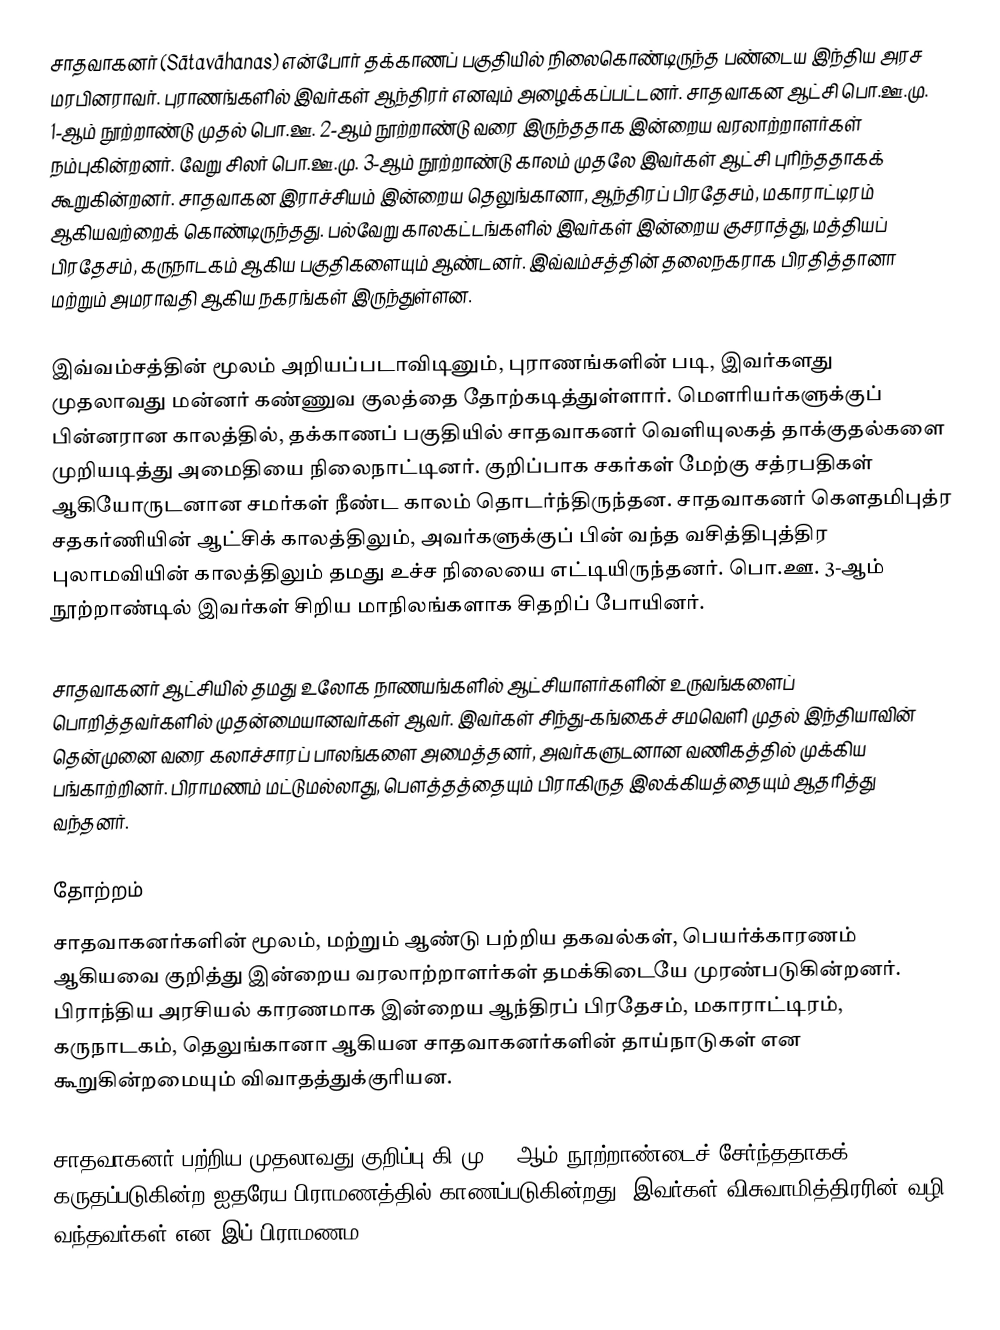
சாதவாகனர் (Sātavāhanas) என்போர் தக்காணப் பகுதியில் நிலைகொண்டிருந்த பண்டைய இந்திய அரச மரபினராவர். புராணங்களில் இவர்கள் ஆந்திரர் எனவும் அழைக்கப்பட்டனர். சாதவாகன ஆட்சி பொ.ஊ.மு. 1-ஆம் நூற்றாண்டு முதல் பொ.ஊ. 2-ஆம் நூற்றாண்டு வரை இருந்ததாக இன்றைய வரலாற்றாளர்கள் நம்புகின்றனர். வேறு சிலர் பொ.ஊ.மு. 3-ஆம் நூற்றாண்டு காலம் முதலே இவர்கள் ஆட்சி புரிந்ததாகக் கூறுகின்றனர். சாதவாகன இராச்சியம் இன்றைய தெலுங்கானா, ஆந்திரப் பிரதேசம், மகாராட்டிரம் ஆகியவற்றைக் கொண்டிருந்தது. பல்வேறு காலகட்டங்களில் இவர்கள் இன்றைய குசராத்து, மத்தியப் பிரதேசம், கருநாடகம் ஆகிய பகுதிகளையும் ஆண்டனர். இவ்வம்சத்தின் தலைநகராக பிரதித்தானா மற்றும் அமராவதி ஆகிய நகரங்கள் இருந்துள்ளன.

இவ்வம்சத்தின் மூலம் அறியப்படாவிடினும், புராணங்களின் படி, இவர்களது முதலாவது மன்னர் கண்ணுவ குலத்தை தோற்கடித்துள்ளார். மௌரியர்களுக்குப் பின்னரான காலத்தில், தக்காணப் பகுதியில் சாதவாகனர் வெளியுலகத் தாக்குதல்களை முறியடித்து அமைதியை நிலைநாட்டினர். குறிப்பாக சகர்கள் மேற்கு சத்ரபதிகள் ஆகியோருடனான சமர்கள் நீண்ட காலம் தொடர்ந்திருந்தன. சாதவாகனர் கௌதமிபுத்ர சதகர்ணியின் ஆட்சிக் காலத்திலும், அவர்களுக்குப் பின் வந்த வசித்திபுத்திர புலாமவியின் காலத்திலும் தமது உச்ச நிலையை எட்டியிருந்தனர். பொ.ஊ. 3-ஆம் நூற்றாண்டில் இவர்கள் சிறிய மாநிலங்களாக சிதறிப் போயினர்.

சாதவாகனர் ஆட்சியில் தமது உலோக நாணயங்களில் ஆட்சியாளர்களின் உருவங்களைப் பொறித்தவர்களில் முதன்மையானவர்கள் ஆவர். இவர்கள்  சிந்து-கங்கைச் சமவெளி முதல் இந்தியாவின் தென்முனை வரை கலாச்சாரப் பாலங்களை அமைத்தனர், அவர்களுடனான வணிகத்தில் முக்கிய பங்காற்றினர். பிராமணம் மட்டுமல்லாது, பௌத்தத்தையும் பிராகிருத இலக்கியத்தையும் ஆதரித்து வந்தனர்.

தோற்றம்
சாதவாகனர்களின் மூலம், மற்றும் ஆண்டு பற்றிய தகவல்கள், பெயர்க்காரணம் ஆகியவை குறித்து இன்றைய வரலாற்றாளர்கள் தமக்கிடையே முரண்படுகின்றனர். பிராந்திய அரசியல் காரணமாக இன்றைய ஆந்திரப் பிரதேசம், மகாராட்டிரம், கருநாடகம், தெலுங்கானா ஆகியன சாதவாகனர்களின் தாய்நாடுகள் என கூறுகின்றமையும் விவாதத்துக்குரியன.

சாதவாகனர் பற்றிய முதலாவது குறிப்பு கி.மு. 8-ஆம் நூற்றாண்டைச் சேர்ந்ததாகக் கருதப்படுகின்ற ஐதரேய பிராமணத்தில் காணப்படுகின்றது. இவர்கள் விசுவாமித்திரரின் வழி வந்தவர்கள் என இப் பிராமணம